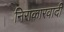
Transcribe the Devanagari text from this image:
निराकारवादी